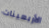
الأربعينات